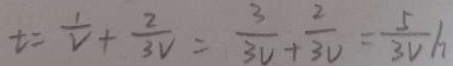
t = \frac { 1 } { V } + \frac { 2 } { 3 V } = \frac { 3 } { 3 V } + \frac { 2 } { 3 V } = \frac { 5 } { 3 V } h